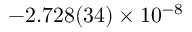
- 2 . 7 2 8 ( 3 4 ) \times 1 0 ^ { - 8 }